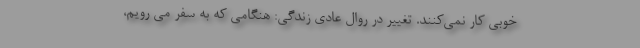
خوبی کار نمی‌کنند. تغییر در روال عادی زندگی: هنگامی که به سفر می رویم،